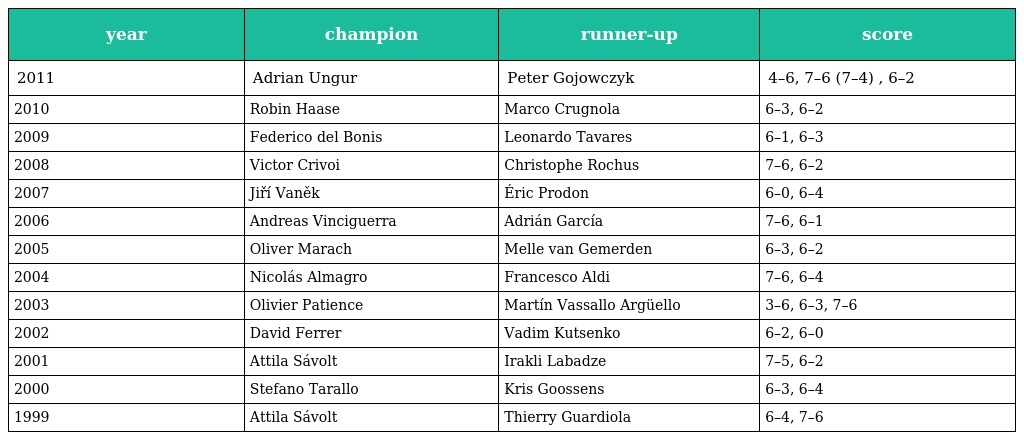
| year | champion | runner-up | score |
 | --- | --- | --- | --- |
 | 2011 | Adrian Ungur | Peter Gojowczyk | 4–6, 7–6 (7–4) , 6–2 |
 | 2010 | Robin Haase | Marco Crugnola | 6–3, 6–2 |
 | 2009 | Federico del Bonis | Leonardo Tavares | 6–1, 6–3 |
 | 2008 | Victor Crivoi | Christophe Rochus | 7–6, 6–2 |
 | 2007 | Jiří Vaněk | Éric Prodon | 6–0, 6–4 |
 | 2006 | Andreas Vinciguerra | Adrián García | 7–6, 6–1 |
 | 2005 | Oliver Marach | Melle van Gemerden | 6–3, 6–2 |
 | 2004 | Nicolás Almagro | Francesco Aldi | 7–6, 6–4 |
 | 2003 | Olivier Patience | Martín Vassallo Argüello | 3–6, 6–3, 7–6 |
 | 2002 | David Ferrer | Vadim Kutsenko | 6–2, 6–0 |
 | 2001 | Attila Sávolt | Irakli Labadze | 7–5, 6–2 |
 | 2000 | Stefano Tarallo | Kris Goossens | 6–3, 6–4 |
 | 1999 | Attila Sávolt | Thierry Guardiola | 6–4, 7–6 |